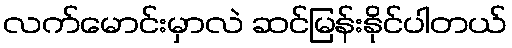
လက်မောင်းမှာလဲ ဆင်မြန်းနိုင်ပါတယ်